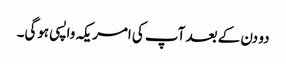
دو دن کے بعد آپ کی امریکہ واپسی ہوگی۔